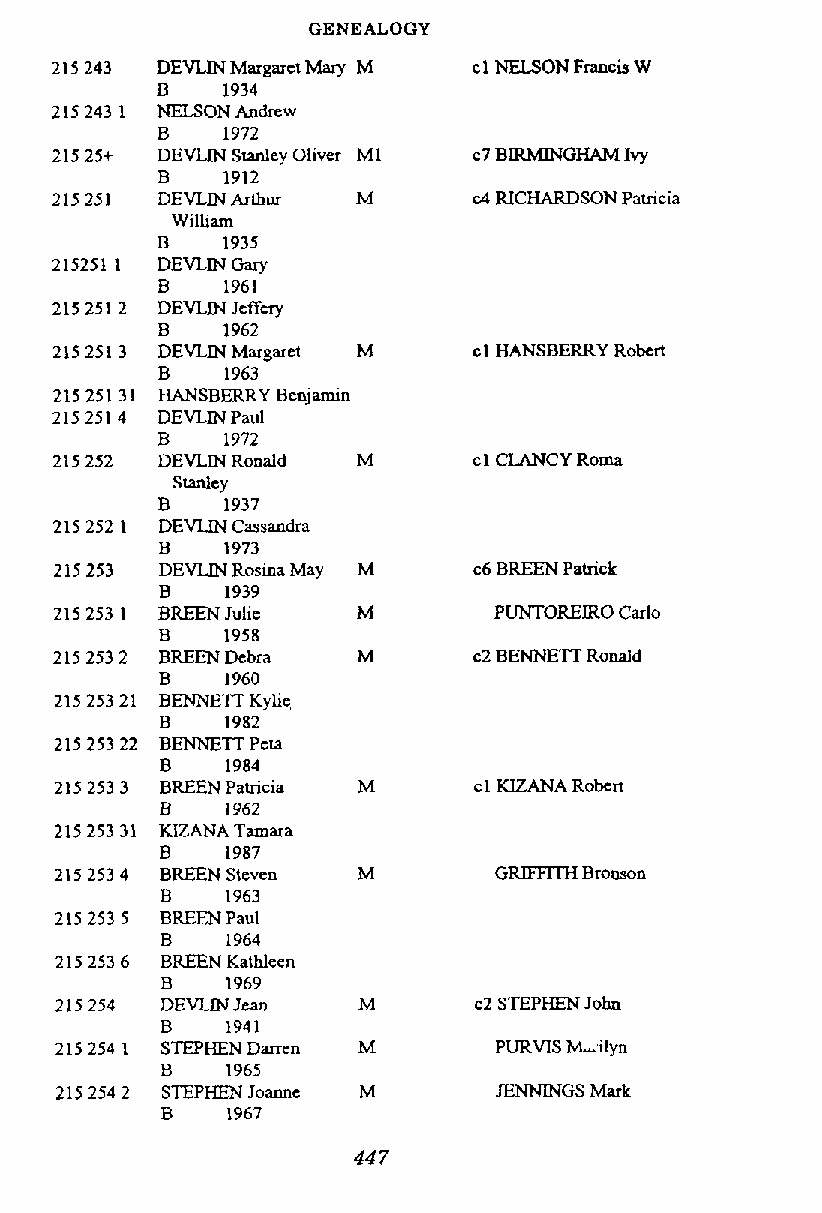
GENEALOGY
 DEVLIN Margaret Mary M c l NELSON Francis W
 B    1934
 NELSON Andrew
 B    1972
 DEVLIN Stanlev Oliver MI c7 BIRMINGHAM Ivy
 B    1912
 DEVLIN Arthur M      c4 RICHARDSON Patricia
 William
 B    1935
 DEVLIN Gary
 B    1961
 DEVLIN Jcffny
 B    1962
 DEVLIN Margaret M    cl HANSBERRY Robcrt
 B    1963
 HANSBERRY Benjamin
 DEVLIN Paul
 B    1972
 DEVLIN Ronald M      cl CLANCY Roma
 Stanley
 B    1937
 DEVLlN Cassandra
 B    1973
 DEVLIN Rosina Mav M c6 BREEN Patrick
 -
 B   1939
 BREEN Julie   M        PUNTORERO Carlo
 B    1958
 BREEN Debra  M      c2 BENNETT Ronald
 B   1960
 BENNETI Kvlie
 B   1982.
 BENNETT PcIa
 BREEN Patricia M    cl KIZANA Robert
 B   1962
 KIZANA Tamara
 B   1987
 BREEN Steven M
 B   1963
 BREEN Paul
 B   1964
 BREEN Kathleen
 B   1969
 DEVLIN Jean  M      c2 STEPHEN John
 B   1941
 SWHEN Darren M        PURVIS Lilyn
 B   1965
 STEPHEN Joanne M      JENNINGS Mark
 B   1967